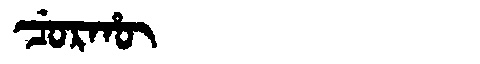
Manchu: ᠴᡠᡵᡥᡡ
Romanization: CURHŪ